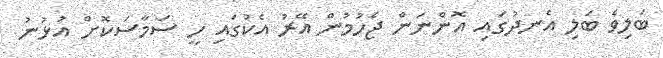
ބަލިވެ ބަލި އެނދުގައި އޮންނަން ޖެހުމުން އޭރު އެކުގައި ހީ ސަމާސަކޮށް އުޅުނު